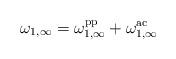
LaTeX: \begin{align*}\omega_{1,\infty} = \omega_{1,\infty}^\mathrm{pp} + \omega_{1,\infty}^\mathrm{ac}\end{align*}